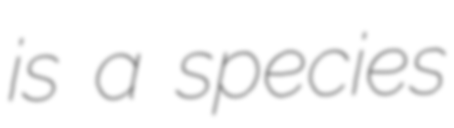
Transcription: is a species